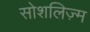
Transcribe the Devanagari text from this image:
सोशलिज़्म